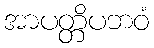
အာပတ္တိပဘဝံ